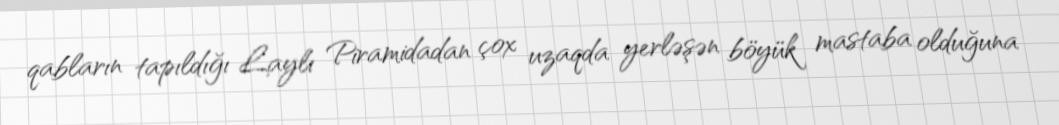
qabların tapıldığı Laylı Piramidadan çox uzaqda yerləşən böyük mastaba olduğuna